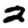
Digit: 2